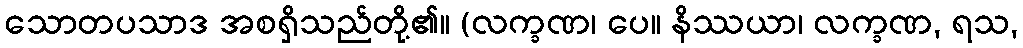
သောတပသာဒ အစရှိသည်တို့၏။ (လက္ခဏ၊ ပေ။ နိဿယာ၊ လက္ခဏ, ရသ,